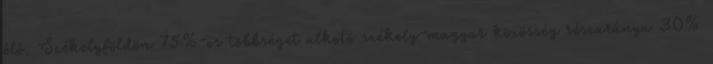
élő, Székelyföldön 75%-os többséget alkotó székely-magyar közösség részaránya 30%